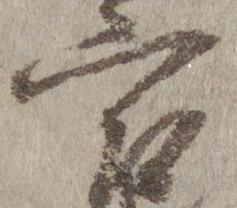
宮